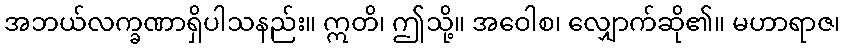
အဘယ်လက္ခဏာရှိပါသနည်း။ ဣတိ၊ ဤသို့။ အဝေါစ၊ လျှောက်ဆို၏။ မဟာရာဇ၊